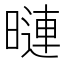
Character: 𭧒